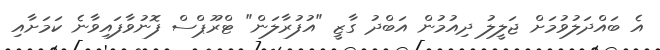
އެ ބައްދަލުވުމަށް ޖަލީލު ދިއުމުން އަބްދު ގާޒީ "އުފުރާލަން" ޓްރޫޕްސް ފޮނުވާފައިވާނެ ކަމަށާއި